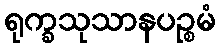
ရုက္ခသုသာနပဉ္စမံ